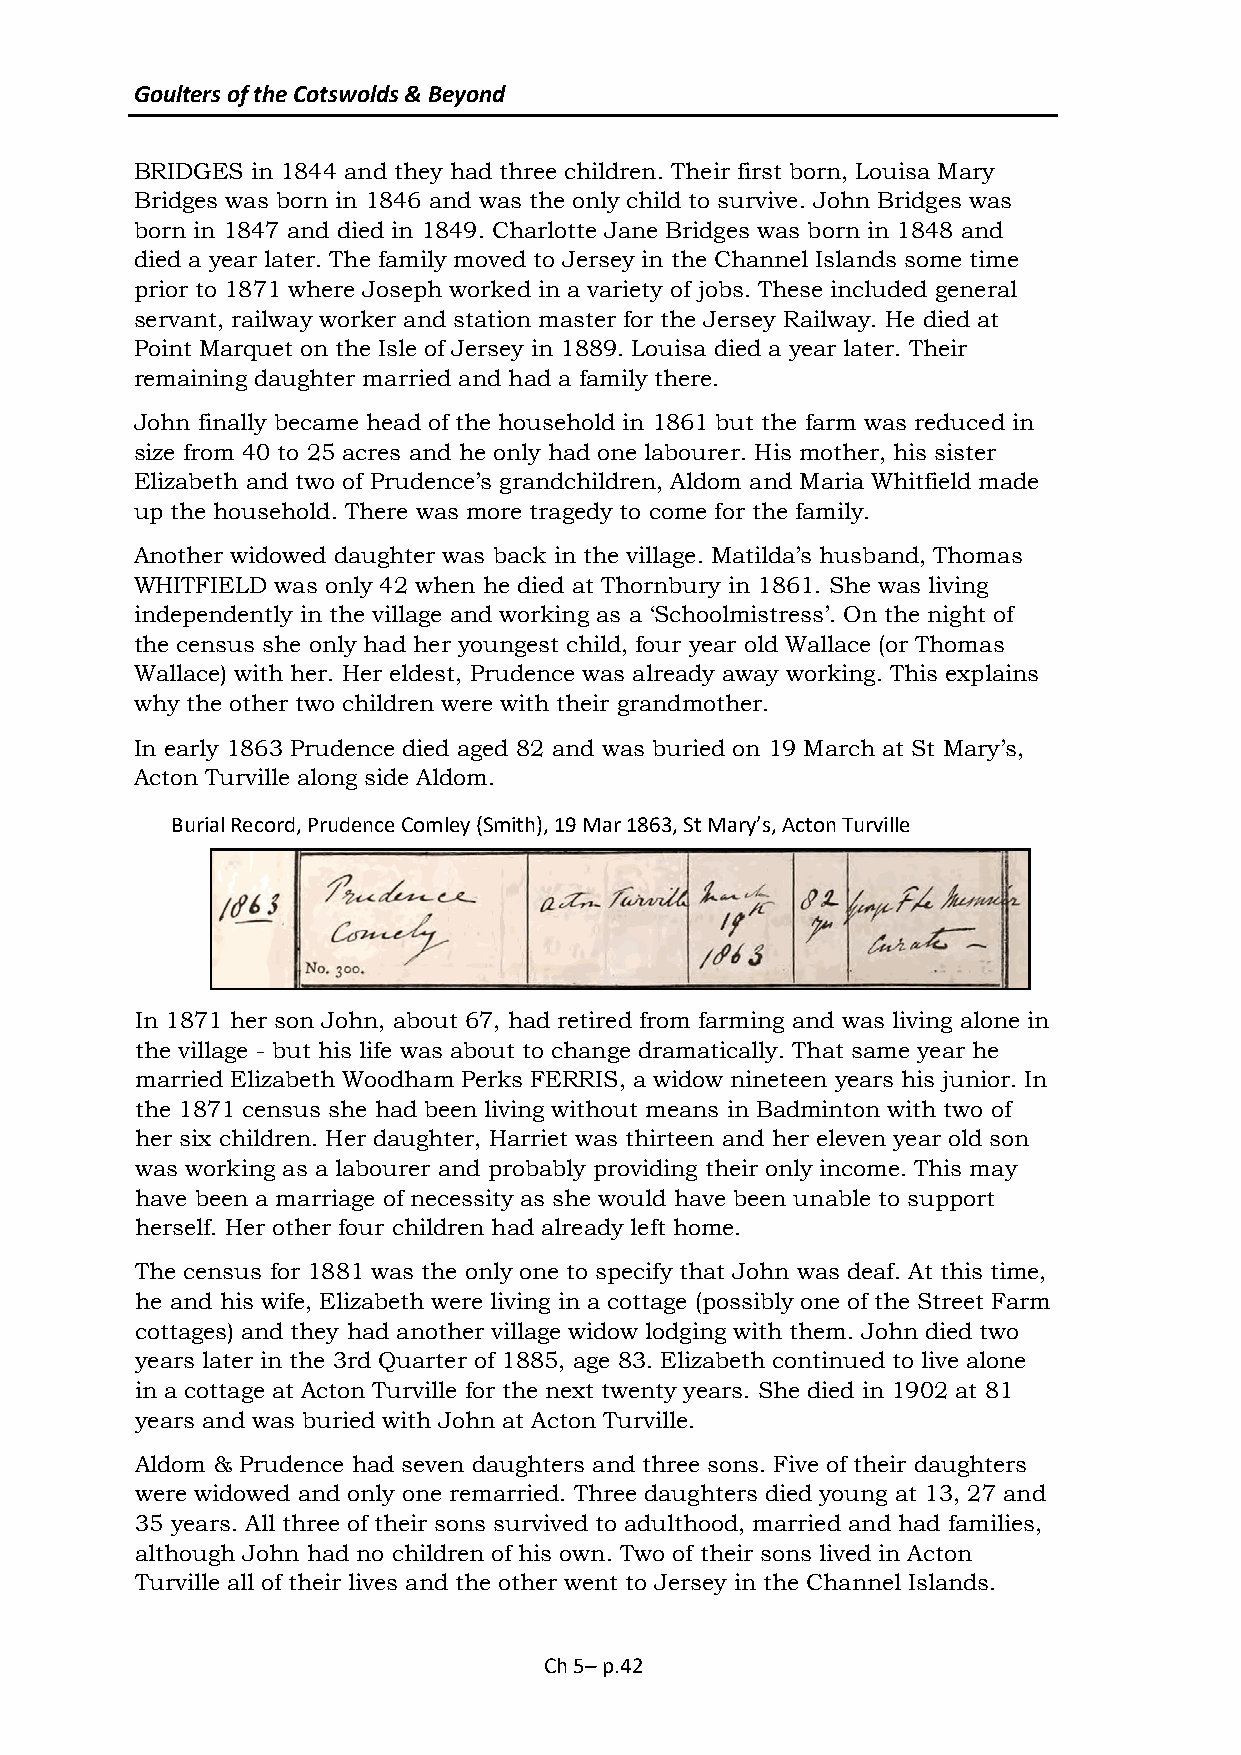
Goulters of the Cotswolds & Beyond
 BRIDGES in 1844 and they had three children. Their first born, Louisa Mary
 Bridges was born in 1846 and was the only child to survive. John Bridges was
 born in 1847 and died in 1849. Charlotte Jane Bridges was born in 1848 and
 died a year later. The family moved to Jersey in the Channel Islands some time
 prior to 1871 where Joseph worked in a variety of jobs. These included general
 servant, railway worker and station master for the Jersey Railway. He died at
 Point Marquet on the Isle of Jersey in 1889. Louisa died a year later. Their
 remaining daughter married and had a family there.
 John finally became head of the household in 1861 but the farm was reduced in
 size from 40 to 25 acres and he only had one labourer. His mother, his sister
 Elizabeth and two of Prudence’s grandchildren, Aldom and Maria Whitfield made
 up the household. There was more tragedy to come for the family.
 Another widowed daughter was back in the village. Matilda’s husband, Thomas
 WHITFIELD was only 42 when he died at Thornbury in 1861. She was living
 independently in the village and working as a ‘Schoolmistress’. On the night of
 the census she only had her youngest child, four year old Wallace (or Thomas
 Wallace) with her. Her eldest, Prudence was already away working. This explains
 why the other two children were with their grandmother.
 In early 1863 Prudence died aged 82 and was buried on 19 March at St Mary’s,
 Acton Turville along side Aldom.
 Burial Record, Prudence Comley (Smith), 19 Mar 1863, St Mary’s, Acton Turville
 In 1871 her son John, about 67, had retired from farming and was living alone in
 the village - but his life was about to change dramatically. That same year he
 married Elizabeth Woodham Perks FERRIS, a widow nineteen years his junior. In
 the 1871 census she had been living without means in Badminton with two of
 her six children. Her daughter, Harriet was thirteen and her eleven year old son
 was working as a labourer and probably providing their only income. This may
 have been a marriage of necessity as she would have been unable to support
 herself. Her other four children had already left home.
 The census for 1881 was the only one to specify that John was deaf. At this time,
 he and his wife, Elizabeth were living in a cottage (possibly one of the Street Farm
 cottages) and they had another village widow lodging with them. John died two
 years later in the 3rd Quarter of 1885, age 83. Elizabeth continued to live alone
 in a cottage at Acton Turville for the next twenty years. She died in 1902 at 81
 years and was buried with John at Acton Turville.
 Aldom & Prudence had seven daughters and three sons. Five of their daughters
 were widowed and only one remarried. Three daughters died young at 13, 27 and
 35 years. All three of their sons survived to adulthood, married and had families,
 although John had no children of his own. Two of their sons lived in Acton
 Turville all of their lives and the other went to Jersey in the Channel Islands.
 Ch 5– p.42